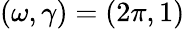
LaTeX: (\omega,\gamma)=(2\pi,1)